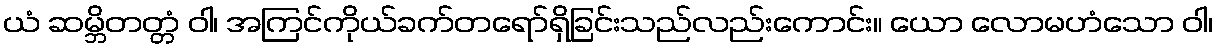
ယံ ဆမ္ဘိတတ္တံ ဝါ၊ အကြင်ကိုယ်ခက်တရော်ရှိခြင်းသည်လည်းကောင်း။ ယော လောမဟံသော ဝါ၊